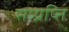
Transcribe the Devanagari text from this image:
सम्प्रप्ति